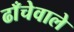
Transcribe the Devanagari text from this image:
ढाँचेवाले